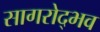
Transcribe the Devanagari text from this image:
सागरोद्भव